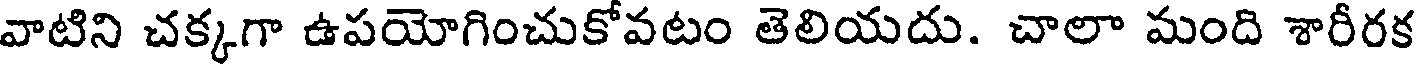
వాటిని చక్కగా ఉపయోగించుకోవటం తెలియదు. చాలా మంది శారీరక